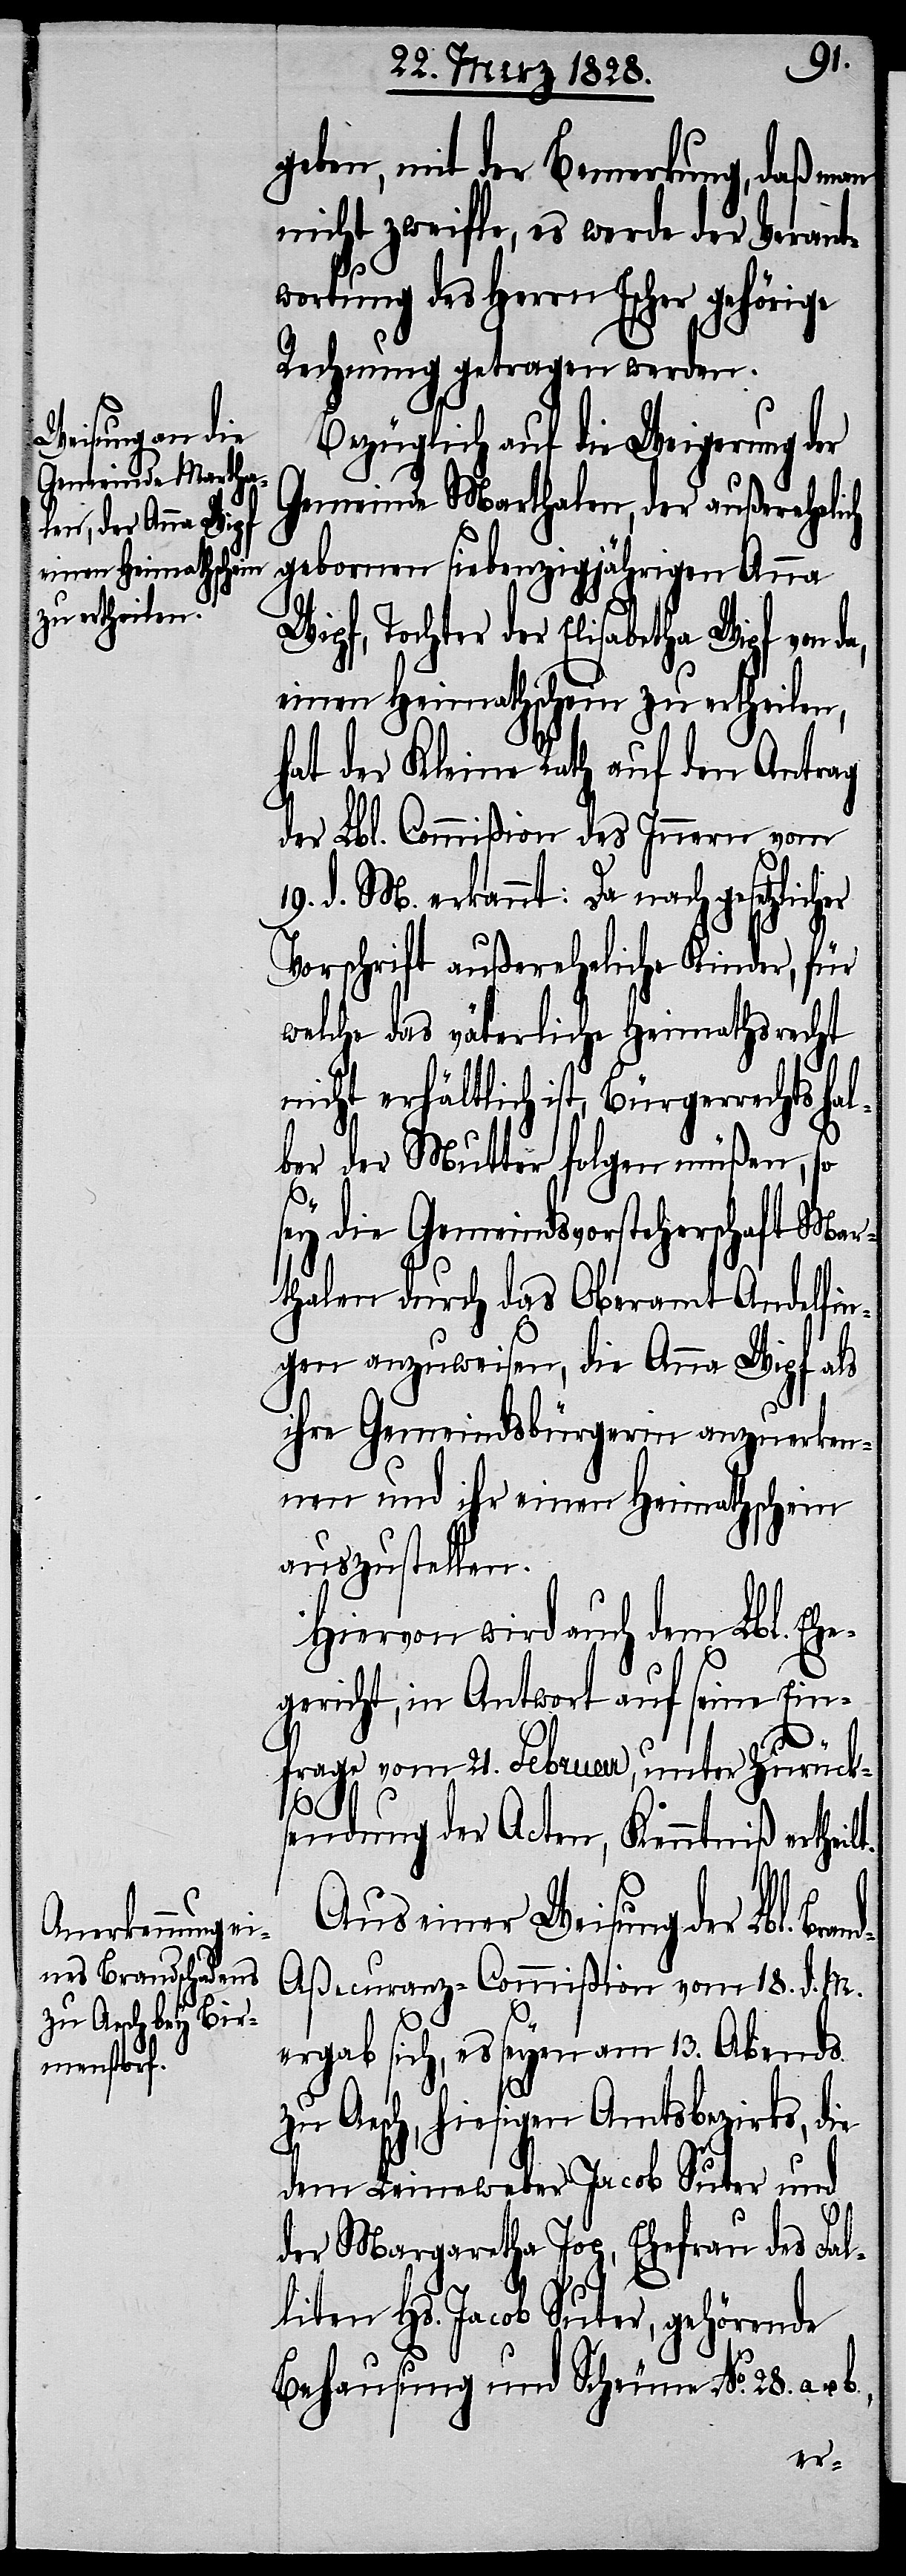
geben, mit der Bemerkung, daß man
nicht zweifle, es werde der Verant¬
wortung des Herrn Escher gehörige
Rechnung getragen werden.
Bezüglich auf die Weigerung der
Gemeinde Marthalen, der außerehelich
gebornen siebenzigjährigen Anna
Wipf, Tochter der Elisabetha Wipf von
einen Heimathschein zu ertheilen,
hat der Kleine Rath auf den Antrag
der Lbl. Commißion des Innern vom
19. d. M. erkannt: Da nach gesetzlic¬
Vorschrift außereheliche Kinder, für
welche das väterliche Heimathsrecht
nicht erhältlich ist, Bürgerrechtshal¬
b.,
ber der Mutter folgen müßen, so
sey die Gemeindsvorsteherschaft Mar¬
thalen durch das Oberamt Andelfin¬
gen anzuweisen, die Anna Wipf als
ihre Gemeindsbürgerin anzuerken¬
nen und ihr einen Heimathschein
auszustellen.
Hiervon wird auch dem Lbl. Ehe¬
gericht, in Antwort auf seine Ein¬
u.
frage vom 21. Februar, unter Zurück¬
sendung der Acten, Kenntniß ertheilt.
Aus einer Weisung der Lbl. Br¬
d-Aßecuranz-Commißion vom 18. d. M.
ergab sich, es seyen am 13. Abends
zu Aesch, hiesigen Amtsbezirks, d¬
dem Leineweber Jacob Suter und
der Margaretha Jop, Ehefrau des Fal¬
liten Hs. Jacob Suter, gehörende
Behausung und Scheune No. 28. a